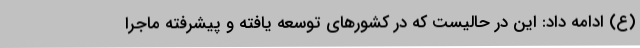
(ع) ادامه داد: این در حالیست که در کشورهای توسعه یافته و پیشرفته ماجرا